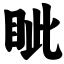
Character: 眦